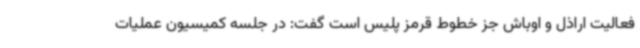
فعالیت اراذل و اوباش جز خطوط قرمز پلیس است گفت: در جلسه کمیسیون عملیات